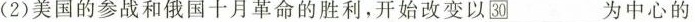
(2)美国的参战和俄国十月革命的胜利，开始改变以为30_为中心的